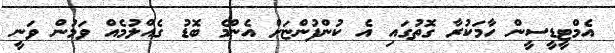
އެމްޓީޑީސީން ހާމަކުރާ ގޮތުގައި އެ ކުންފުންޏަށް އެންމެ ބޮޑު ގެއްލުމެއް ވަމުން ވަނީ